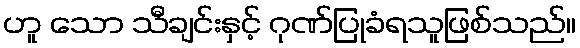
ဟူ သော သီချင်းနှင့် ဂုဏ်ပြုခံရသူဖြစ်သည်။